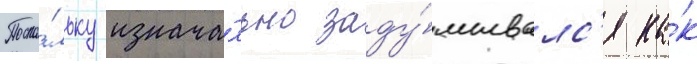
Поско́льку изнача́льно заду́мывалс'я ка́к